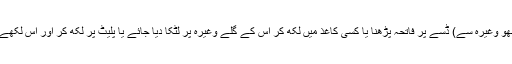
مثلاً بیمار یا (سانپ، بچھو وغیرہ سے) ڈسے پر فاتحہ پڑھنا یا کسی کاغذ میں لکھ کر اس کے گلے وغیرہ پر لٹکا دیا جائے یا پلیٹ پر لکھ کر اور اس لکھے کو دھو کر پلایا جائے۔